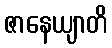
ဇာနေယျာတိ